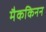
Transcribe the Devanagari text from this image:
मैककिनन